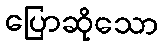
ပြောဆိုသော